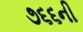
૭૬૬ની